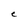
Character: e